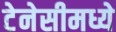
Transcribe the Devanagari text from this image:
टेनेसीमध्ये